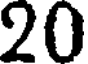
20